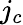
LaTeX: j_{c}